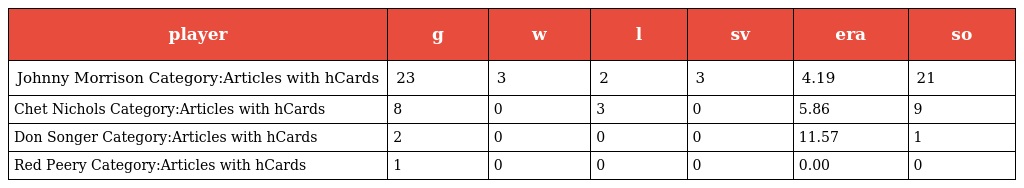
| player | g | w | l | sv | era | so |
 | --- | --- | --- | --- | --- | --- | --- |
 | Johnny Morrison Category:Articles with hCards | 23 | 3 | 2 | 3 | 4.19 | 21 |
 | Chet Nichols Category:Articles with hCards | 8 | 0 | 3 | 0 | 5.86 | 9 |
 | Don Songer Category:Articles with hCards | 2 | 0 | 0 | 0 | 11.57 | 1 |
 | Red Peery Category:Articles with hCards | 1 | 0 | 0 | 0 | 0.00 | 0 |